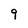
Character: 9